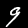
Digit: 9